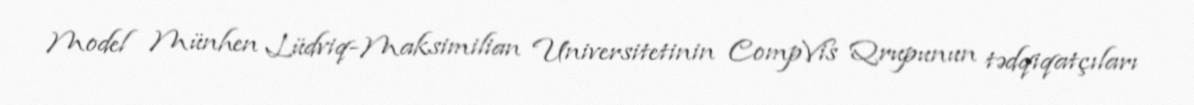
Model Münhen Lüdviq-Maksimilian Universitetinin CompVis Qrupunun tədqiqatçıları